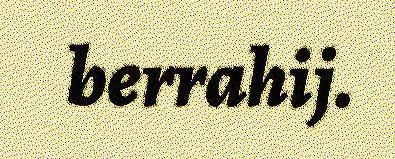
berrahij.